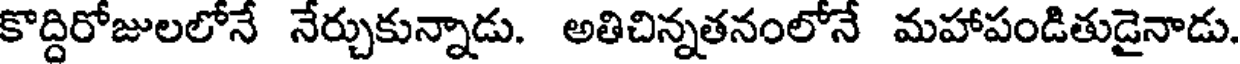
కొద్దిరోజులలోనే నేర్చుకున్నాడు. అతిచిన్నతనంలోనే మహాపండితుడైనాడు.